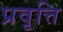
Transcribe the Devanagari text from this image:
प्रवृत्ति